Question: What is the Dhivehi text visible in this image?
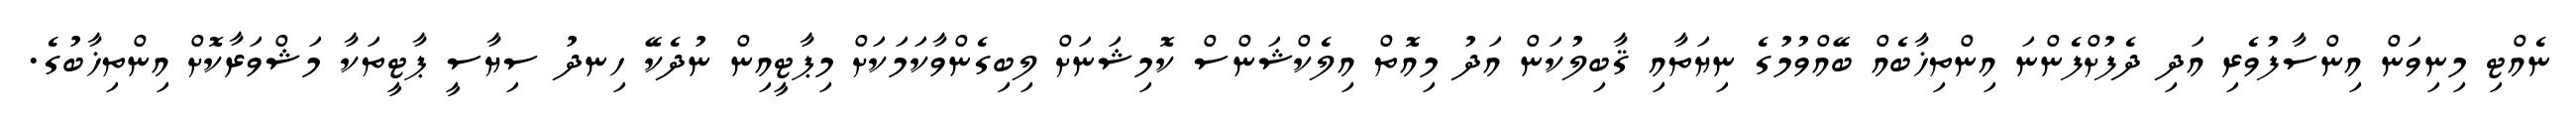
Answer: ނެއްޓި މިނިވަން އިންސާފުވެރި އަދި ދެފުށްފެންނަ އިންތިޚާބެއް ބޭއްވުމުގެ ނިޔަތާއި ޤާބިލުކަން އަދު މިއޮތް އިލެކްޝަންސް ކޮމިޝަނަށް ލިބިގެންވާކަމަކަށް މިޕާޓީއިން ނުދެކޭ ހިނދު ސިޔާސީ ޕާޓީތަކާ މަޝްވަރާކޮށް އިންތިޚާބުގެ.